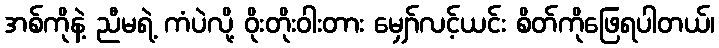
အစ်ကိုနဲ့ ညီမရဲ့ ကံပဲလို့ ဝိုးတိုးဝါးတား မျှော်လင့်ယင်း စိတ်ကိုဖြေရပါတယ်၊